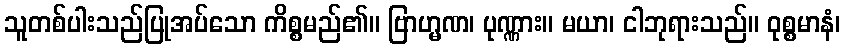
သူတစ်ပါးသည်ပြုအပ်သော ကိစ္စမည်၏။ ဗြာဟ္မဏ၊ ပုဏ္ဏား။ မယာ၊ ငါဘုရားသည်။ ဝုစ္စမာနံ၊